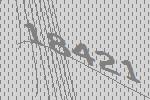
18421